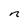
Character: n